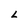
Character: L